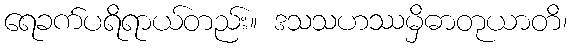
ရေခက်ပရိရာယ်တည်း။ ဒသသဟဿမှိဓာတုယာတိ၊